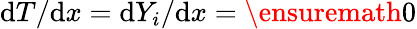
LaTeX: \mathrm{d}T/\mathrm{d}x=\mathrm{d}Y_{i}/\mathrm{d}x=\ensuremath{\mathrm{0}}